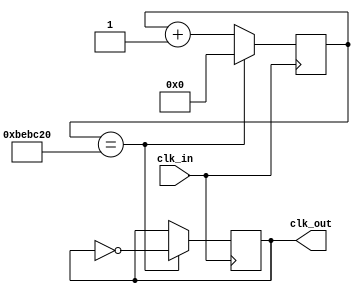
`timescale 1ns / 1ps
//////////////////////////////////////////////////////////////////////////////////
// Company: 
// Engineer: 
// 
// Design Name: 
// Module Name: clock_div
// Project Name: 
// Target Devices: 
// Tool Versions: 
// Description: 
// 
// Dependencies: 
// 
// Revision:
// Revision 0.01 - File Created
// Additional Comments:
// 
//////////////////////////////////////////////////////////////////////////////////


module clock_div_4( clk_in, clk_out); // 100MHz -> 4Hz


input       clk_in  ;

output reg  clk_out ;


reg [25:0] counter = 0;


always@(posedge clk_in) begin

    counter <= counter + 1;

    if (counter == (12_500_000)) begin

        counter <= 0;

        clk_out <= ~clk_out;

    end

end

    

endmodule